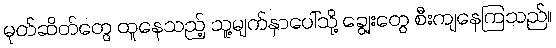
မုတ်ဆိတ်တွေ ထူနေသည့် သူ့မျက်နှာပေါ်သို့ ချွေးတွေ စီးကျနေကြသည်။